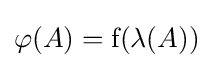
\varphi (A)={\rm {f}}(\lambda (A))